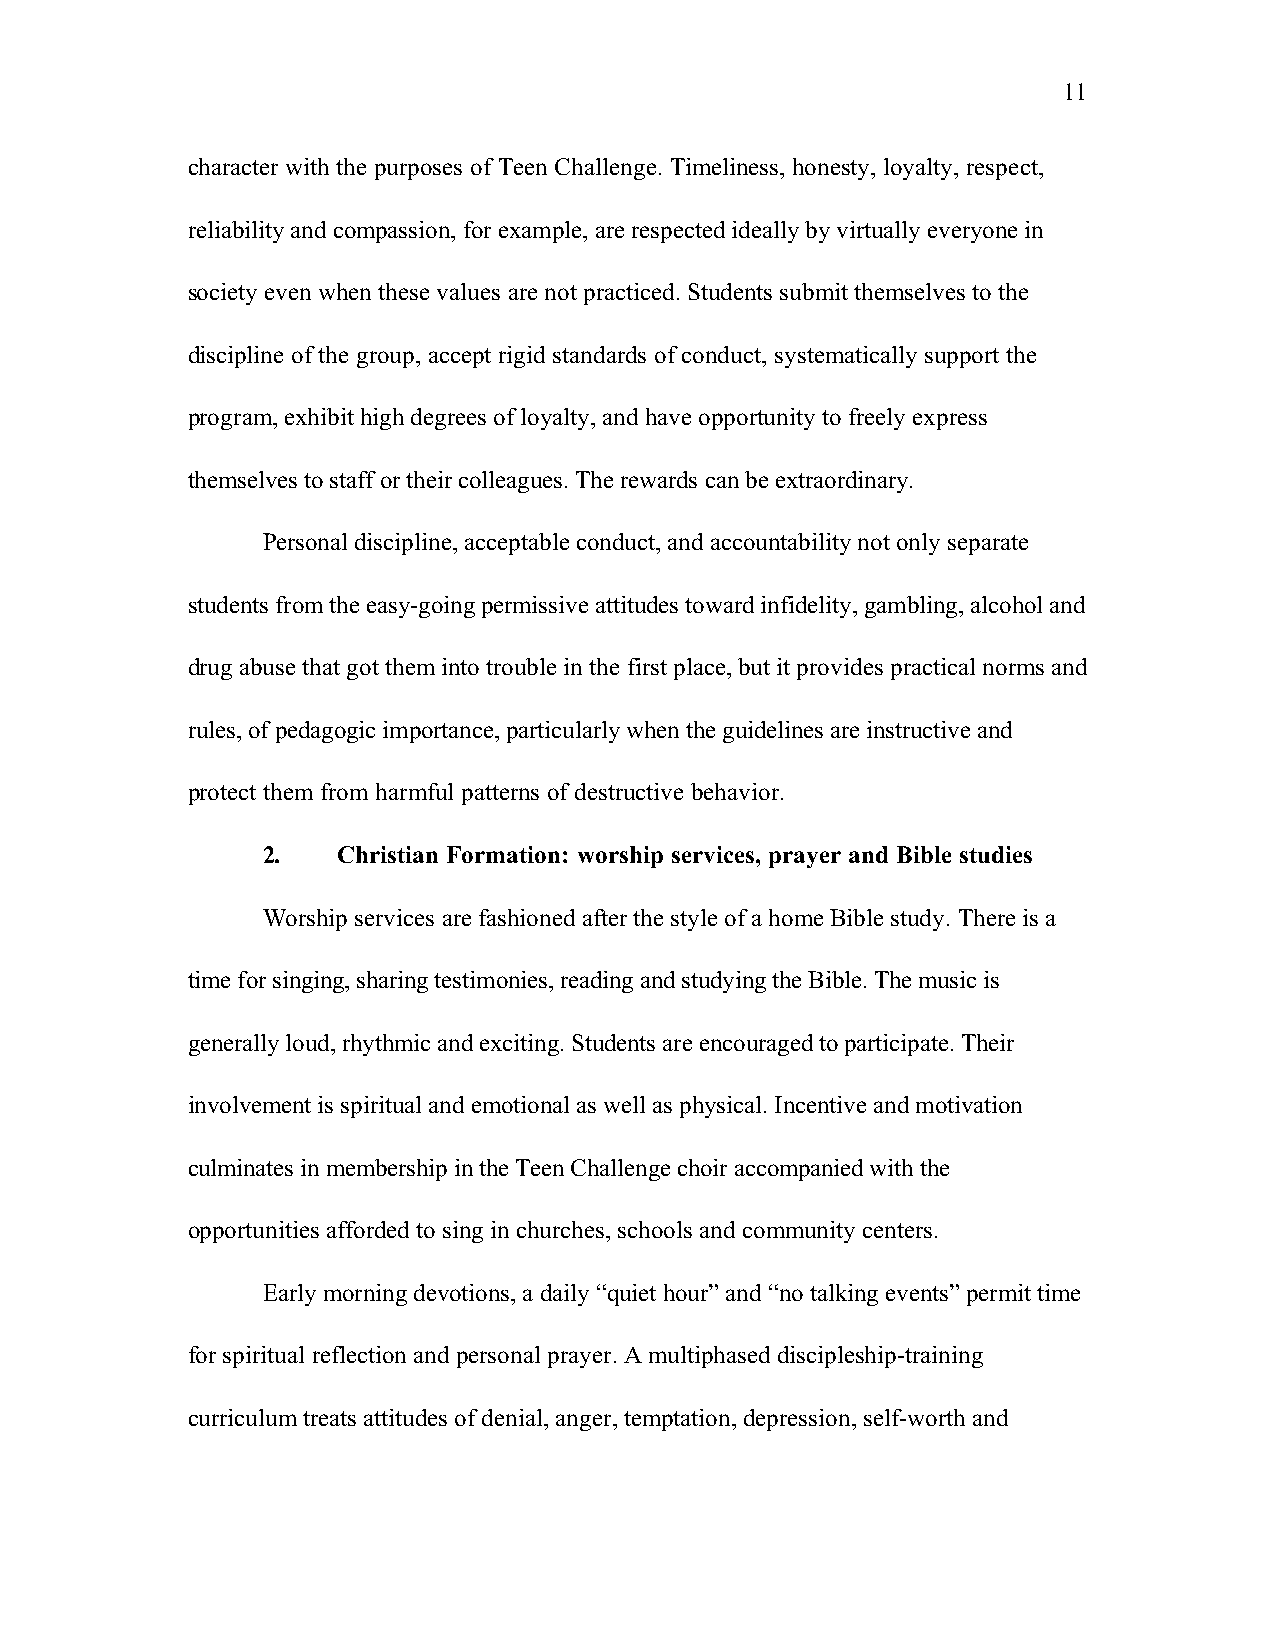
11
 character with the purposes of Teen Challenge. Timeliness, honesty, loyalty, respect,
 reliability and compassion, for example, are respected ideally by virtually everyone in
 society even when these values are not practiced. Students submit themselves to the
 discipline of the group, accept rigid standards of conduct, systematically support the
 program, exhibit high degrees of loyalty, and have opportunity to freely express
 themselves to staff or their colleagues. The rewards can be extraordinary.
 Personal discipline, acceptable conduct, and accountability not only separate
 students from the easy-going permissive attitudes toward infidelity, gambling, alcohol and
 drug abuse that got them into trouble in the first place, but it provides practical norms and
 rules, of pedagogic importance, particularly when the guidelines are instructive and
 protect them from harmful patterns of destructive behavior.
 2.   Christian Formation: worship services, prayer and Bible studies
 Worship services are fashioned after the style of a home Bible study. There is a
 time for singing, sharing testimonies, reading and studying the Bible. The music is
 generally loud, rhythmic and exciting. Students are encouraged to participate. Their
 involvement is spiritual and emotional as well as physical. Incentive and motivation
 culminates in membership in the Teen Challenge choir accompanied with the
 opportunities afforded to sing in churches, schools and community centers.
 Early morning devotions, a daily “quiet hour” and “no talking events” permit time
 for spiritual reflection and personal prayer. A multiphased discipleship-training
 curriculum treats attitudes of denial, anger, temptation, depression, self-worth and